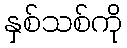
နှစ်သစ်ကို